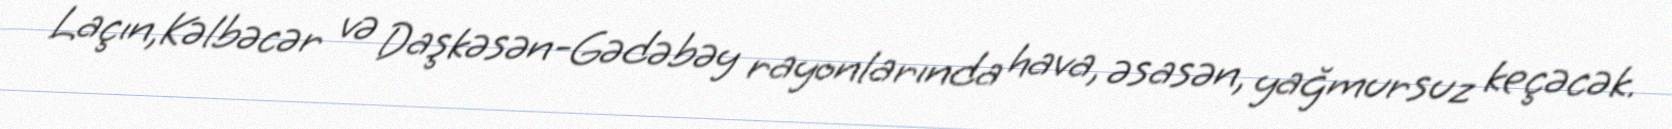
Laçın,Kəlbəcər və Daşkəsən-Gədəbəy rayonlarında hava, əsasən, yağmursuz keçəcək.